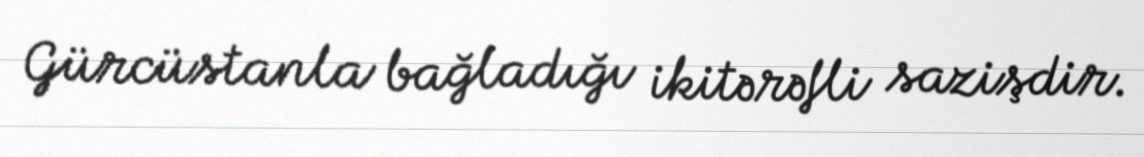
Gürcüstanla bağladığı ikitərəfli sazişdir.